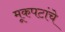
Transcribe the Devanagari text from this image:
मूकपटांचे